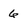
Character: 6